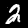
Digit: 2